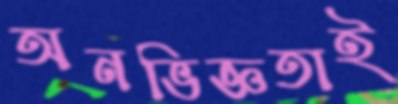
অনভিজ্ঞতাই